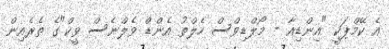
އެ ކޭމްޕަކީ "އިންޑިއާ - މޯލްޑިވްސް ހެލްތު އެންޑް ވެލްނެސް ވީކް"ގެ ތެރެއިން